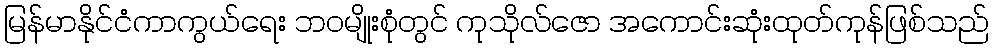
မြန်မာနိုင်ငံကာကွယ်ရေး ဘဝမျိုးစုံတွင် ကုသိုလ်ဇော အကောင်းဆုံးထုတ်ကုန်ဖြစ်သည်